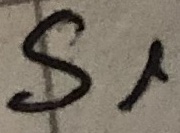
Text: S1